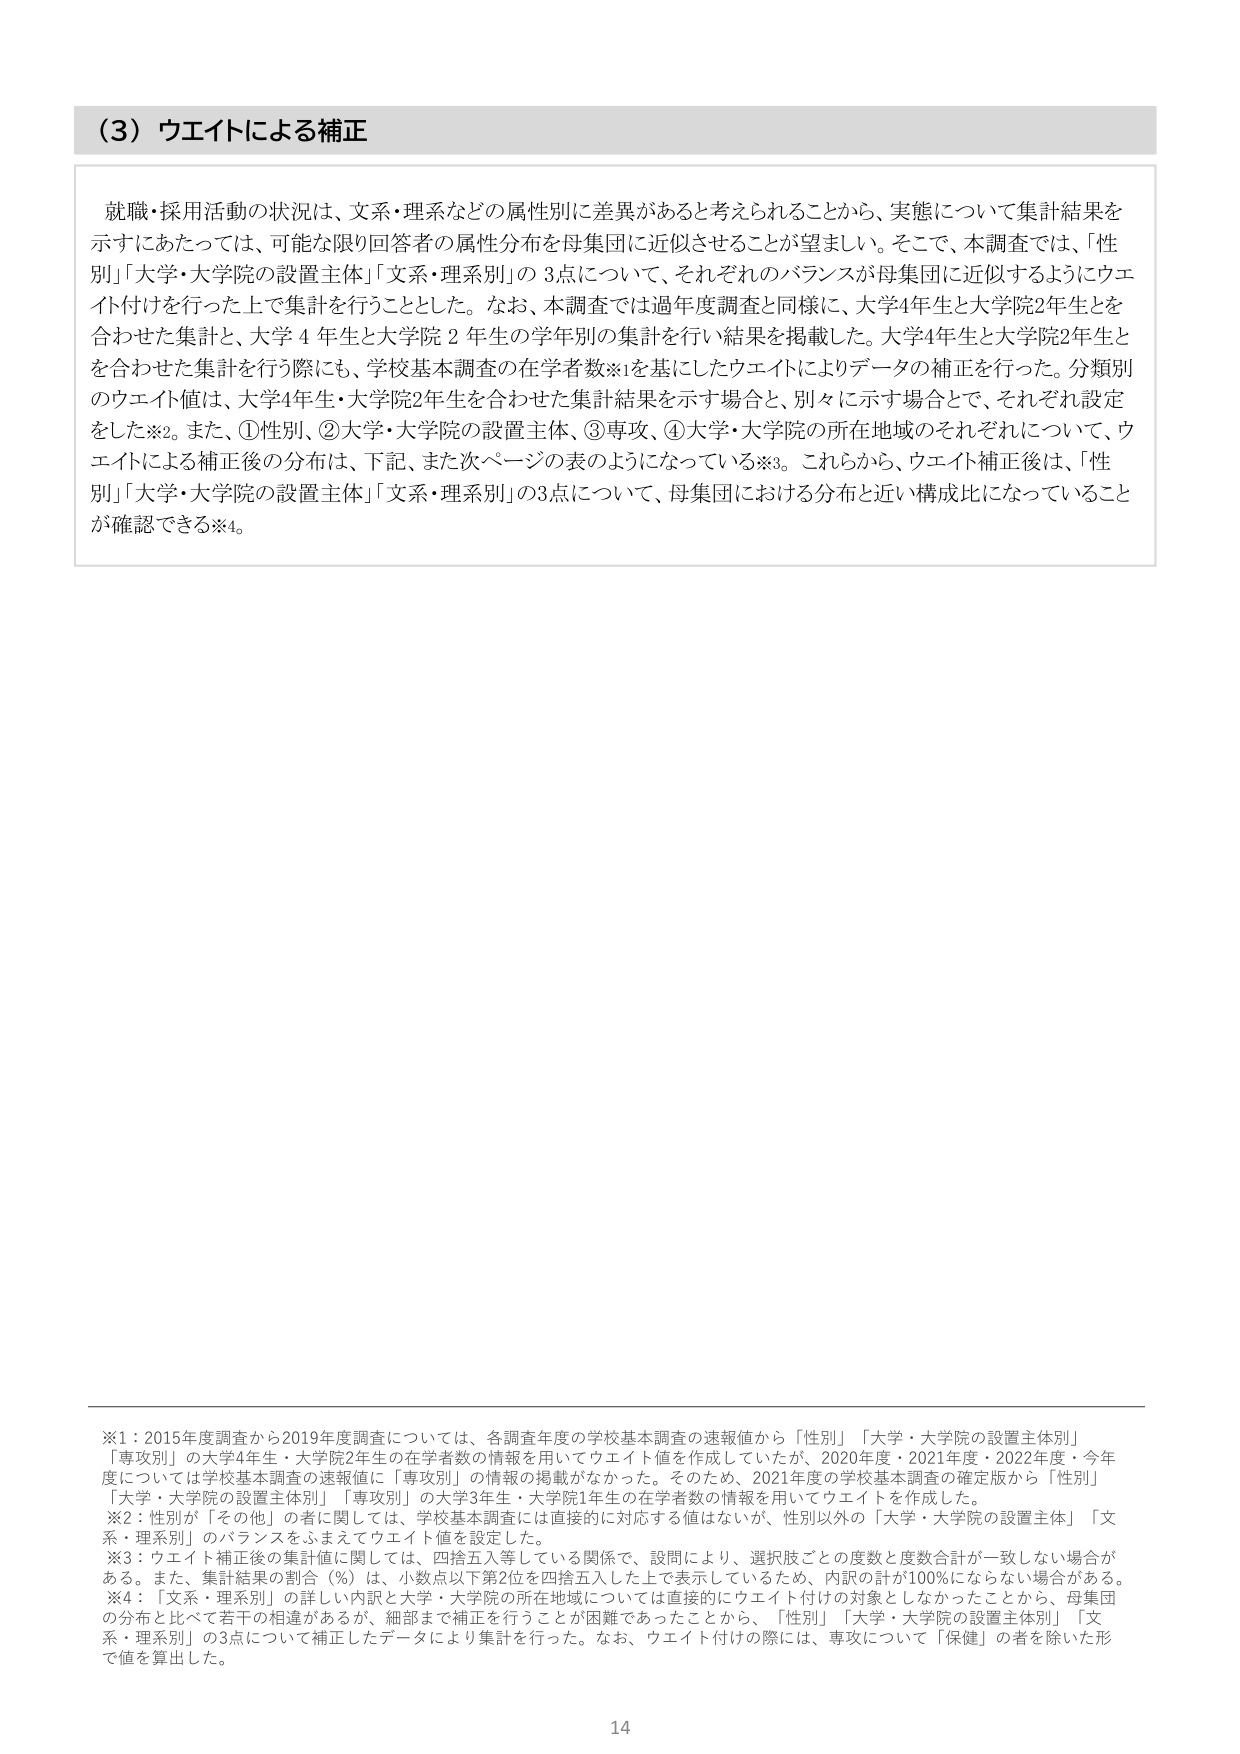
（3）ウエイトによる補正

就職・採用活動の状況は、文系・理系などの属性別に差異があると考えられることから、実態について集計結果を示すにあたっては、可能な限り回答者の属性分布を母集団に近似させることが望ましい。そこで、本調査では、「性別」「大学・大学院の設置主体」「文系・理系別」の3点について、それぞれのバランスが母集団に近似するようにウエイト付けを行った上で集計を行うこととした。なお、本調査では過年度調査と同様に、大学4年生と大学院2年生を合わせた集計と、大学4年生と大学院2年生の学年別の集計を行い結果を掲載した。大学4年生と大学院2年生とを合わせた集計を行う際にも、学校基本調査の在学者数※1を基にしたウエイトによりデータの補正を行った。分類別のウエイト値は、大学4年生・大学院2年生を合わせた集計結果を示す場合と、別々に示す場合とで、それぞれ設定をした※2。また、①性別、②大学・大学院の設置主体、③専攻、④大学・大学院の所在地域のそれぞれについて、ウエイトによる補正後の分布は、下記、また次ページの表のようになっている※3。これらから、ウエイト補正後は、「性別」「大学・大学院の設置主体」「文系・理系別」の3点について、母集団における分布と近い構成比になっていることが確認できる※4。

※1：2015年度調査から2019年度調査については、各調査年度の学校基本調査の速報値から「性別」「大学・大学院の設置主体別」「専攻別」の大学4年生・大学院2年生の在学者数の情報を用いてウエイト値を作成していたが、2020年度・2021年度・2022年度・今年度については学校基本調査の速報値に「専攻別」の情報の掲載がなかった。そのため、2021年度の学校基本調査の確定版から「性別」「大学・大学院の設置主体別」「専攻別」の大学3年生・大学院1年生の在学者数の情報を用いてウエイト値を作成した。
※2：性別が「その他」の者に関しては、学校基本調査には直接的に対応する値はないが、性別以外の「大学・大学院の設置主体」「文系・理系別」のバランスをふまえてウエイト値を設定した。
※3：ウエイト補正後の集計値に関しては、四捨五入等している関係で、設問により、選択肢ごとの度数と度数合計が一致しない場合がある。また、集計結果の割合（％）は、小数点以下第2位を四捨五入した上で表示しているため、内訳の計が100％にならない場合がある。
※4：「文系・理系別」の詳しい内訳と大学・大学院の所在地域については直接的にウエイト付けの対象としなかったことから、母集団の分布と比べて若干の相違があるが、細部まで補正を行うことが困難であったことから、「性別」「大学・大学院の設置主体別」「文系・理系別」の3点について補正したデータにより集計を行った。なお、ウエイト付けの際には、専攻について「保健」の者を除いた形で値を算出した。

14